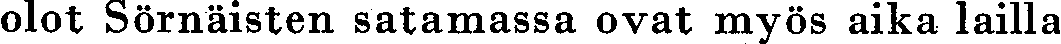
olot Sörnäisten satamassa ovat myös aika lailla